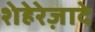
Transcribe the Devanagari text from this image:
शेहेरेज़ादे